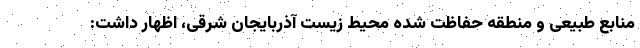
منابع طبیعی و منطقه حفاظت شده محیط زیست آذربایجان شرقی، اظهار داشت: